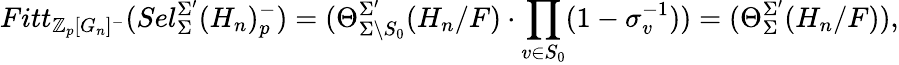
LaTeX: Fitt_{\mathbb{Z}_{p}[G_{n}]^{-}}(Sel_{\Sigma}^{\Sigma^{\prime}}(H_{n})_{p}^{-})=(\Theta_{\Sigma\setminus S_{0}}^{\Sigma^{\prime}}(H_{n}/F)\cdot\prod_{v\in S_{0}}(1-\sigma_{v}^{-1}))=(\Theta_{\Sigma}^{\Sigma^{\prime}}(H_{n}/F)),